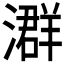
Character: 𪷧